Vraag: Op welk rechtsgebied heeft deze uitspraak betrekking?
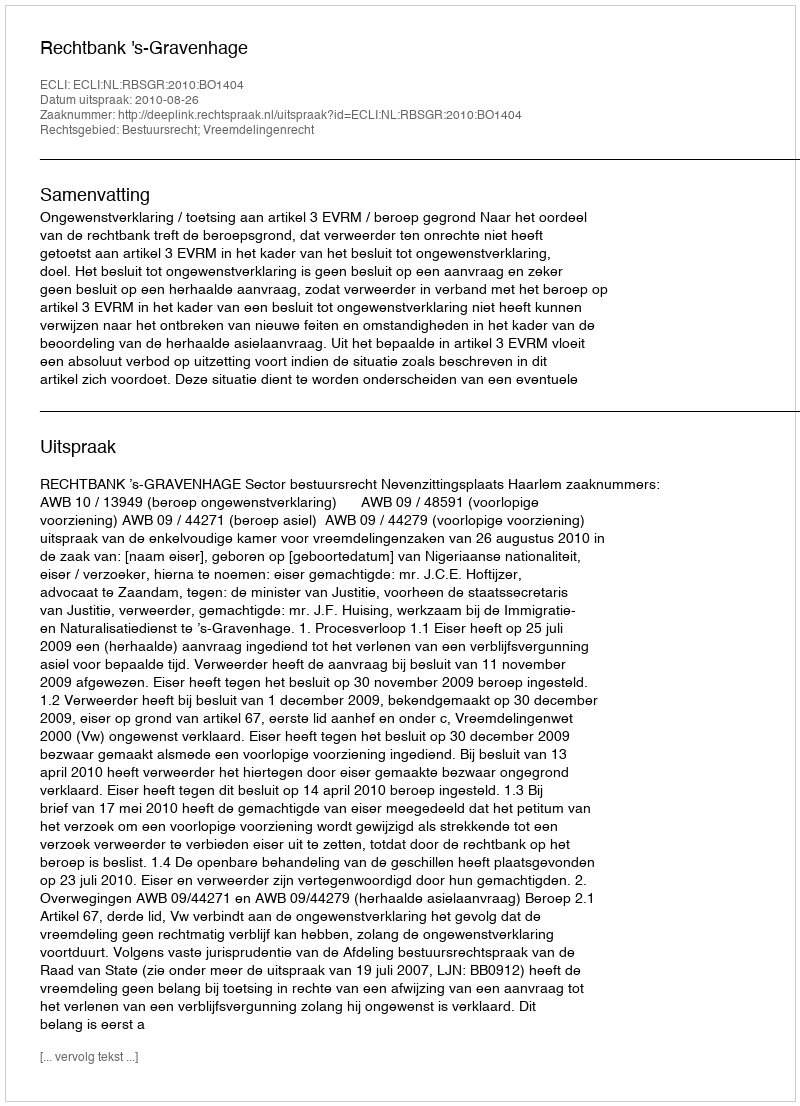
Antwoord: Bestuursrecht; Vreemdelingenrecht